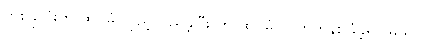
တစ်ခုလုံးကို ထပ်မံ လှည့်လည်ခဲ့ပြီး ဟု ထပ်မံ တိုက်တွန်း ခံခဲ့ရပါမယ်။